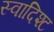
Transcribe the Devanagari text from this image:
स्वादिश्ट